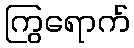
ကြွရောက်